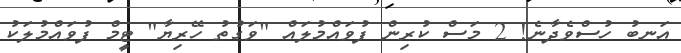
އަނބު ހުސްވެދާނެ! 2 މަސް ކުރިން ފުވައްމުލައް "ވަގުތު ހޭރިޔާ" ޓީމް ފުވައްމުލަކު